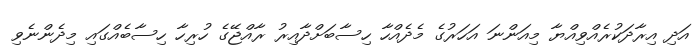
އަދި އިރާދަކުރެއްވިއްޔާ މިއަންނަ އަހަރުގެ މެދެއްހާ ހިސާބަށްދާއިރު ރާއްޖޭގެ ހުރިހާ ހިސާބެއްގައި މިދެންނެވި